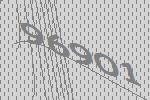
96901